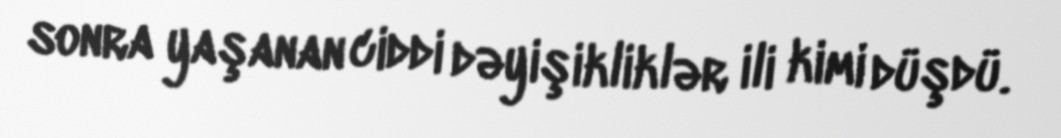
sonra yaşanan ciddi dəyişikliklər ili kimi düşdü.